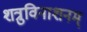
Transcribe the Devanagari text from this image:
शत्रुविनाशनम्